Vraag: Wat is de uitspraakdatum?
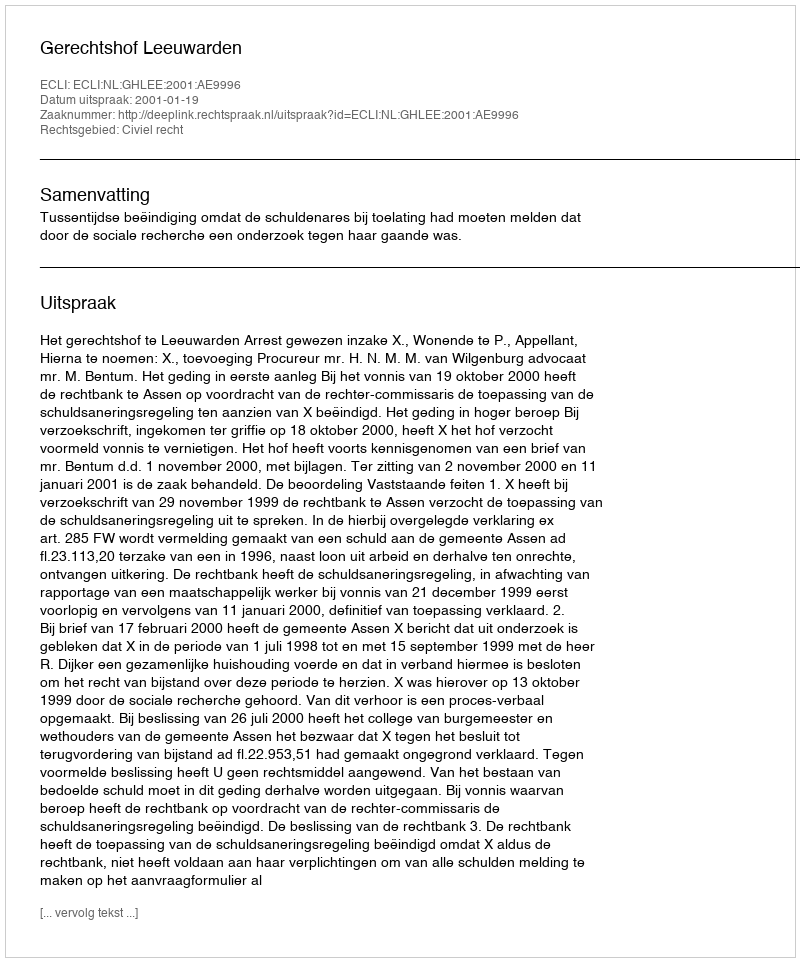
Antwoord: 2001-01-19